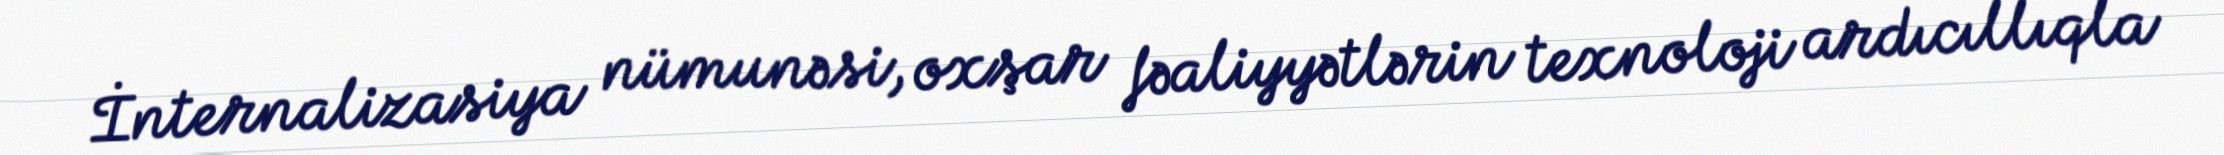
İnternalizasiya nümunəsi, oxşar fəaliyyətlərin texnoloji ardıcıllıqla